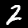
Label: 2